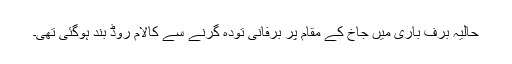
حالیہ برف باری میں جاخ کے مقام پر برفانی تودہ گرنے سے کالام روڈ بند ہوگئی تھی۔